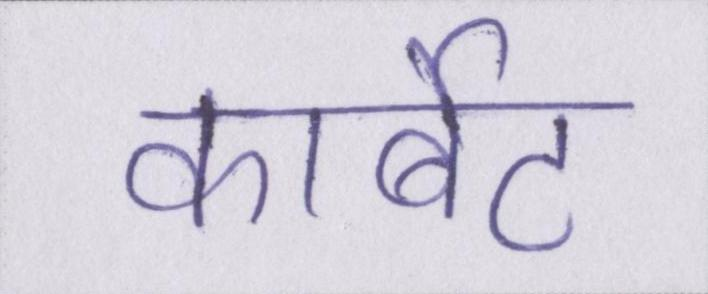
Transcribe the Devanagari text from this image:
कार्बेट